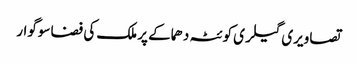
تصاویری گیلری کوئٹہ دھماکے پر ملک کی فضا سوگوار